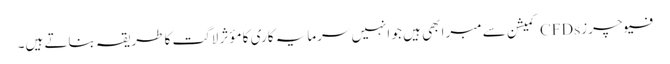
فیوچرز CFDs کمیشن سے مبرا بھی ہیں جو انہیں سرمایہ کاری کا مؤثر لاگت کا طریقہ بناتے ہیں۔